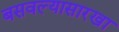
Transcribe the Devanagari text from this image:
बसवल्यासारखा